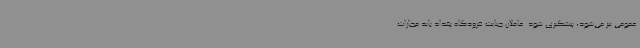
عمومی نیز می‌شود، پیشگیری شود. عاملان جنایت فرودگاه بغداد باید مجازات